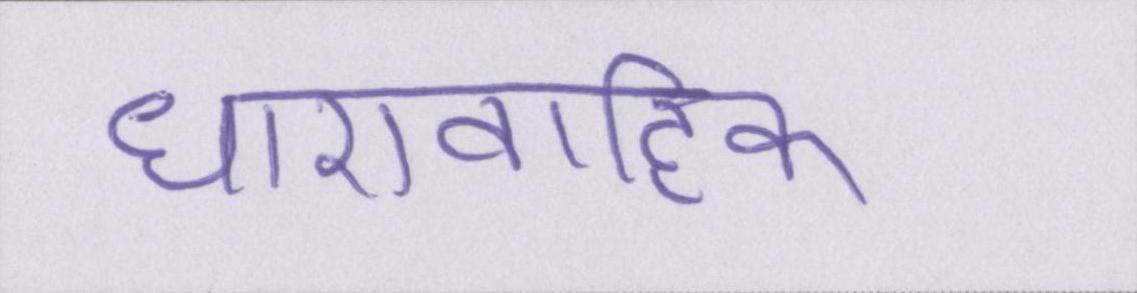
धारावाहिक